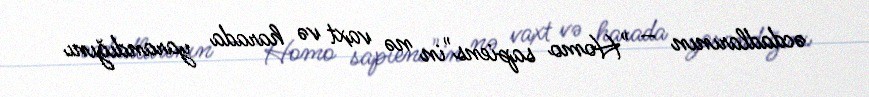
əcdadlarının – "Homo sapiens"in nə vaxt və harada yarandığını